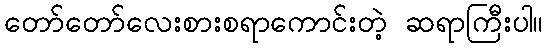
တော်တော်လေးစားစရာကောင်းတဲ့ ဆရာကြီးပါ။